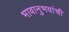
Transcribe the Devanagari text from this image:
भावानुभवांची